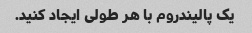
یک پالیندروم با هر طولی ایجاد کنید.